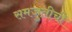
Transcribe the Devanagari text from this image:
समजुतीची